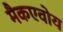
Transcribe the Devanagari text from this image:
मैकएवोय